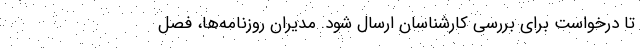
تا درخواست برای بررسی کارشناسان ارسال شود. مدیران روزنامه‌ها، فصل